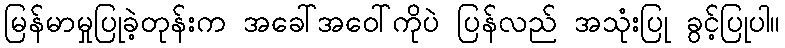
မြန်မာမှုပြုခဲ့တုန်းက အခေါ်အဝေါ်ကိုပဲ ပြန်လည် အသုံးပြု ခွင့်ပြုပါ။